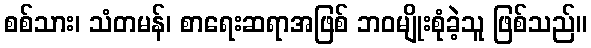
စစ်သား၊ သံတမန်၊ စာရေးဆရာအဖြစ် ဘဝမျိုးစုံခဲ့သူ ဖြစ်သည်။